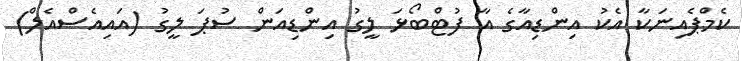
ކެމްޕެއިނަކާ އެކު އިންޑިއާގެ އާ ފުޓްބޯޅަ ލީގު އިންޑިއަން ސުޕަ ލީގު (އައިއެސްއެލް)